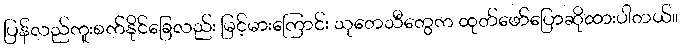
ပြန်လည်ကူးစက်နိုင်ခြေလည်း မြင့်မားကြောင်း သုတေသီတွေက ထုတ်ဖော်ပြောဆိုထားပါတယ်။